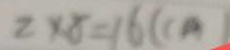
2 \times 8 = 1 6 ( c m )